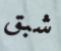
شبق